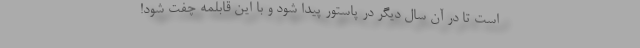
است تا درِ آن سال دیگر در پاستور پیدا شود و با این قابلمه چفت شود!